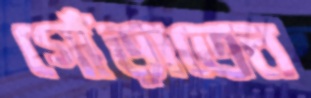
গোঁড়াতেন